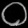
Digit: ၀